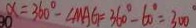
\alpha = 3 6 0 ^ { \circ } - \angle M A G = 3 6 0 ^ { \circ } - 6 0 ^ { \circ } = 3 0 0 ^ { \circ }